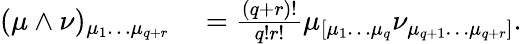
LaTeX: \begin{array}{rl}{(\mu\wedge\nu)_{\mu_{1}\ldots\mu_{q+r}}}&{{}=\frac{(q+r)!}{q!r!}\mu_{[\mu_{1}\ldots\mu_{q}}\nu_{\mu_{q+1}\ldots\mu_{q+r}]}.}\end{array}